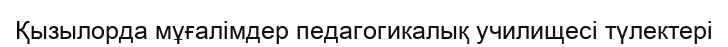
Қызылорда мұғалімдер педагогикалық училищесі түлектері